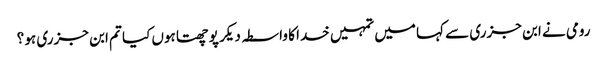
رومی نے ابن جزری سے کہا میں تمہیں خدا کا واسطہ دیکر پوچھتا ہوں کیا تم ابن جزری ہو ؟